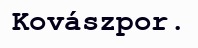
Kovászpor.